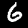
Label: 6